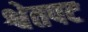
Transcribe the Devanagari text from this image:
श्वेतपट